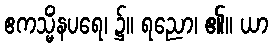
ဧကသ္မိံနပရေ၊ ၌။ ရညော၊ ၏။ ယာ